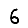
Digit: 6